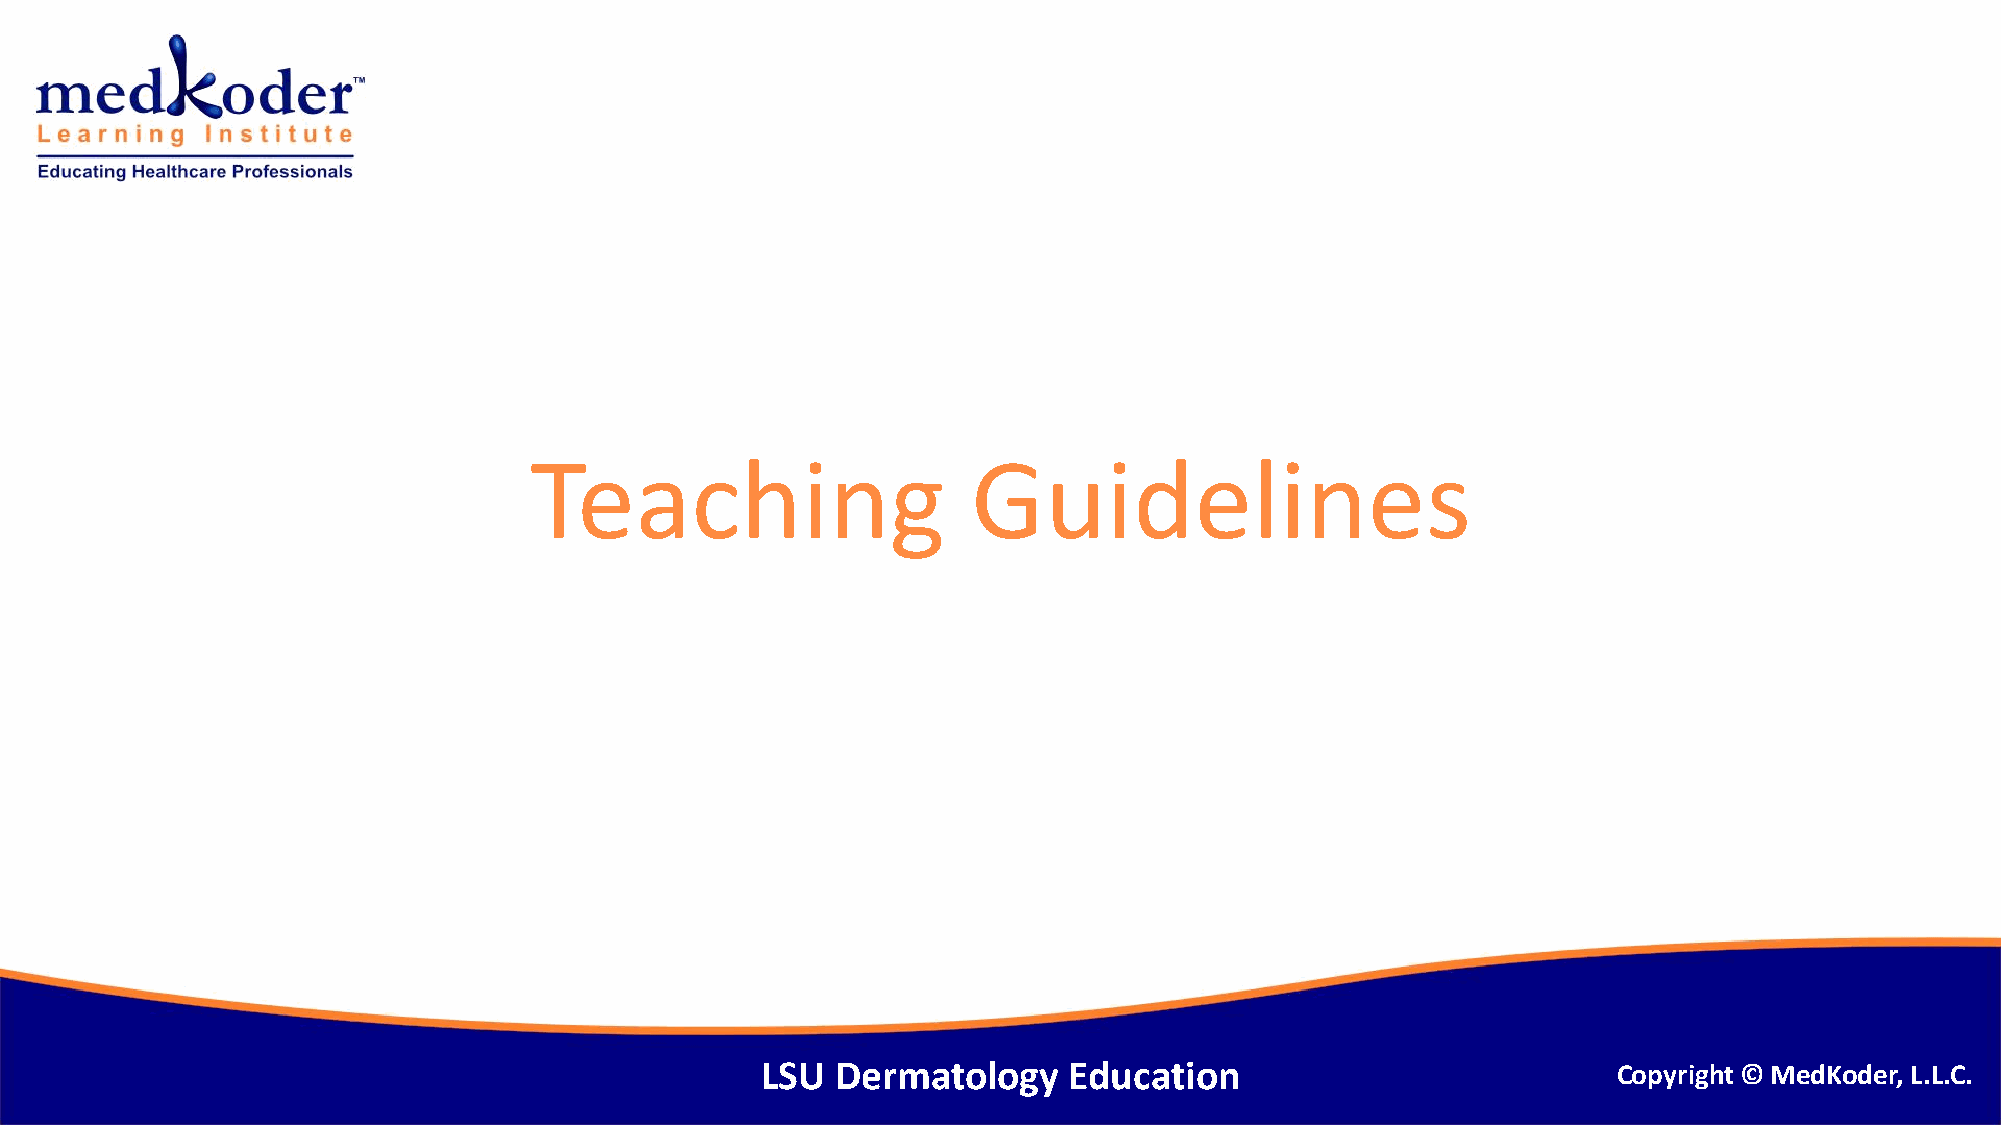
Teaching                     Guidelines
 LSU  Dermatology     Education                           Copyright © MedKoder, L.L.C.